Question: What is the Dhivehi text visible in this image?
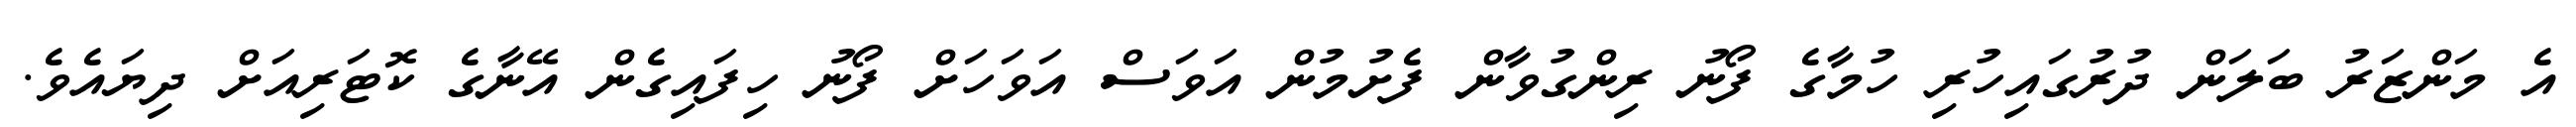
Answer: އެ މަންޒަރު ބަލަން ދުރުގައިހުރި ހުމާގެ ފޯނު ރިންގުވާން ފެށުމުން އަވަސް އަވަހަށް ފޯނު ހިފައިގެން އޭނާގެ ކޮޓަރިއަށް ދިޔައެވެ.